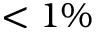
< 1 \%